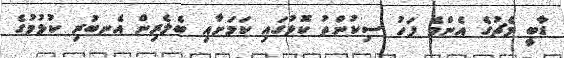
ޑާބީ މެޗުގެ އެންމެ ފަހު ސިކުންތު ކޮޅުގައި ކަމަށާއި ބެލެރިން އެނބުރި ކުޅުމުގެ